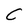
Character: C